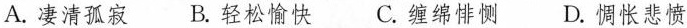
A.凄清孤寂 B.轻松愉快 C.缠绵悱恻 D.惆怅悲愤